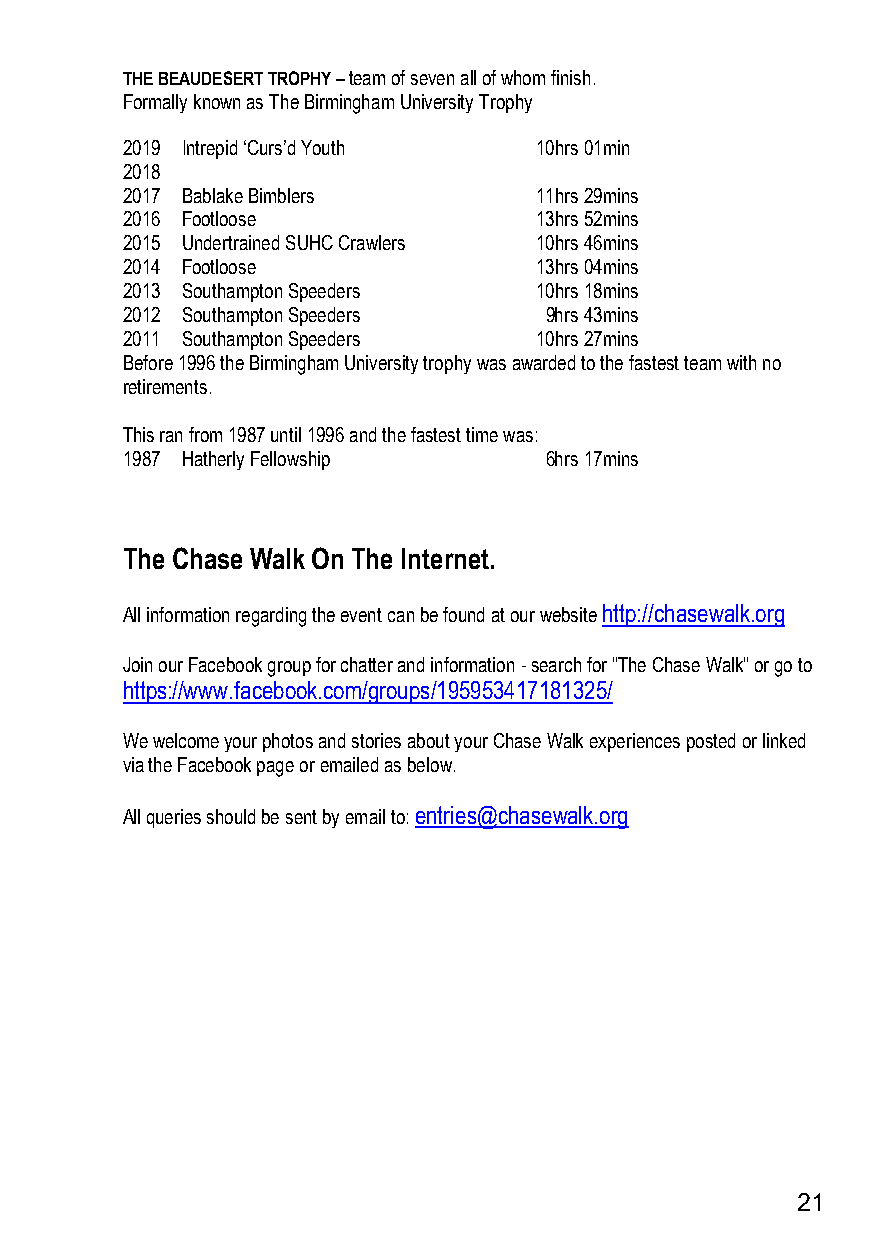
THE BEAUDESERT TROPHY – team of seven all of whom finish.
 Formally known as The Birmingham University Trophy
 2019 Intrepid ‘Curs’d Youth 10hrs 01min
 2018
 2017 Bablake Bimblers       11hrs 29mins
 2016 Footloose              13hrs 52mins
 2015 Undertrained SUHC Crawlers 10hrs 46mins
 2014 Footloose              13hrs 04mins
 2013 Southampton Speeders   10hrs 18mins
 2012 Southampton Speeders   9hrs 43mins
 2011 Southampton Speeders   10hrs 27mins
 Before 1996 the Birmingham University trophy was awarded to the fastest team with no
 retirements.
 This ran from 1987 until 1996 and the fastest time was:
 1987 Hatherly Fellowship    6hrs 17mins
 The Chase Walk On The Internet.
 All information regarding the event can be found at our website http://chasewalk.org
 Join our Facebook group for chatter and information - search for "The Chase Walk" or go to
 https://www.facebook.com/groups/195953417181325/
 We welcome your photos and stories about your Chase Walk experiences posted or linked
 via the Facebook page or emailed as below.
 All queries should be sent by email to: entries@chasewalk.org
 21